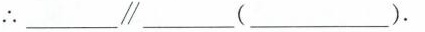
∴_____\parallel____(_____)。